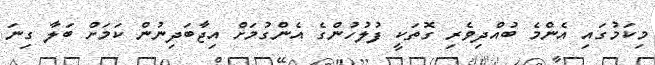
މިކަމުގައި އެންމެ ބުއްދިވެރި ގޮތަކީ ފުލުހުންގެ އެންގުމަށް އިޖާބަދިނުން ކަމަށް ބަލާ ގިނަ